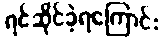
ရင်ဆိုင်ခဲ့ရကြောင်း